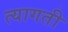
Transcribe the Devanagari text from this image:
त्यागती